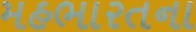
મહભારતના